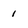
Character: 1